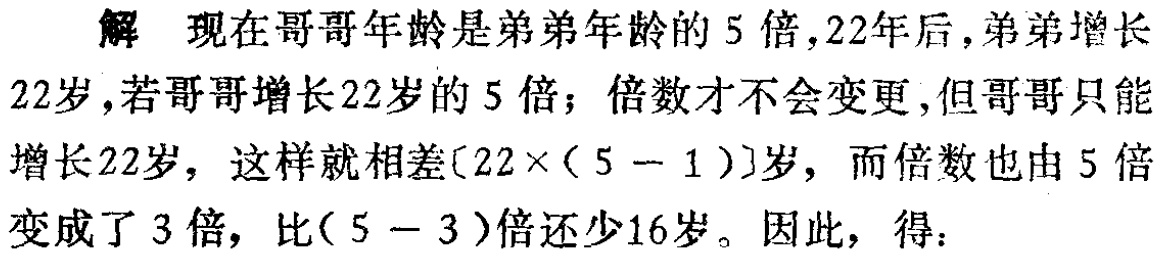
解 现在哥哥年龄是弟弟年龄的 5 倍，22年后，弟弟增长22岁，若哥哥增长22岁的 5 倍；倍数才不会变更，但哥哥只能增长22岁，这样就相差\([22\times(5 - 1)]\)岁，而倍数也由 5 倍变成了 3 倍，比\((5 - 3)\)倍还少16岁。因此，得：